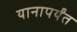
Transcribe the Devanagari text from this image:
यानापर्यंत